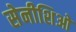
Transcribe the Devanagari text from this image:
सेनीशिओ